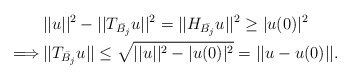
\begin{align*}&||u||^2-||T_{\bar{B_j}}u||^2=||H_{\bar{B_j}}u||^2\geq |u(0)|^2\\\Longrightarrow\, &|| T_{\bar{B_j}}u||\leq \sqrt{||u||^2-|u(0)|^2}=||u-u(0)||.\end{align*}